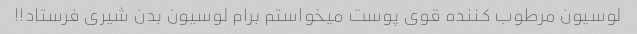
لوسیون مرطوب کننده قوی پوست میخواستم برام لوسیون بدن شیری فرستاد!!